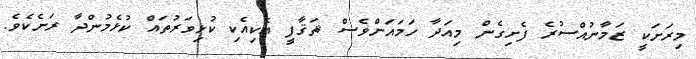
މިރަށަކީ ޒަމާނުއްސުރެ ފެށިގެން މިއަދާ ހަމައަށްވެސް ޘަޤާފީ އެކިއެކި ކުޅިވަރުތައް ކުޅެމުންދާ ރަށެކެވެ.